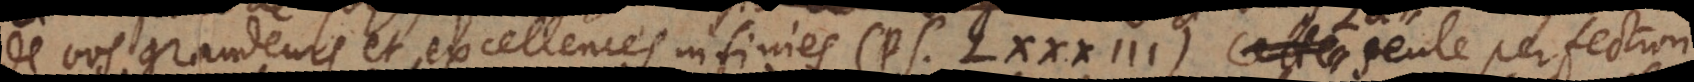
de vos grandeurs et excellences infinies (Ps. LXXXIII). La seule perfection